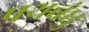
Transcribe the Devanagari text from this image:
पथबंधु